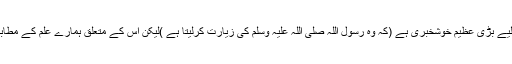
اگر یہ بات صحیح ہوتو مومن کے لیے بڑی عظیم خوشخبری ہے (کہ وہ رسول اللہ صلی اللہ علیہ وسلم کی زیارت کرلیتا ہے )لیکن اِس کے متعلق ہمارے عِلم کے مطابق کوئی صحیح حدیث مروی نہیں ۔